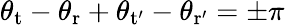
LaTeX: \theta_{\mathrm{t}}-\theta_{\mathrm{r}}+\theta_{\mathrm{t'}}-\theta_{\mathrm{r'}}=\pm\pi